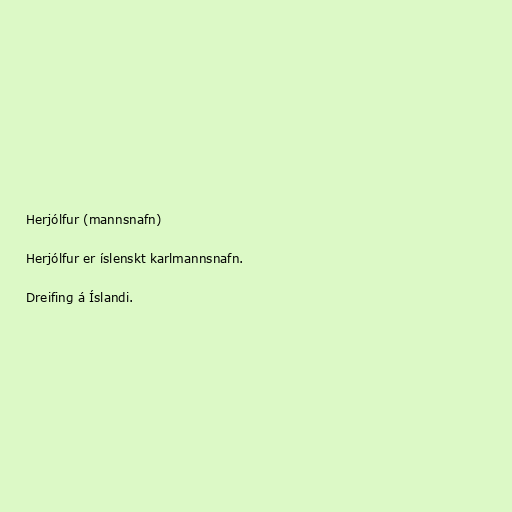
Herjólfur (mannsnafn)

Herjólfur er íslenskt karlmannsnafn.

Dreifing á Íslandi.